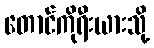
တောင်ကိုရီးယားသို့